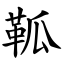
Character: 䩝